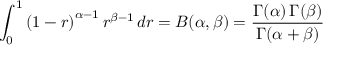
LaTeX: \int _ { 0 } ^ { 1 } \left( 1 - r \right) ^ { \alpha - 1 } r ^ { \beta - 1 } \, d r = B ( \alpha , \beta ) = { \frac { \Gamma ( \alpha ) \, \Gamma ( \beta ) } { \Gamma ( \alpha + \beta ) } }